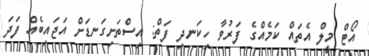
އޯޓް މީލް އެތައް ކަމެއްގެ ފަރުވާ ހިކަނދި ފަތް: އިސްތަށިގަނޑަށް އަޖައިބެއް ފަދަ